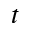
t